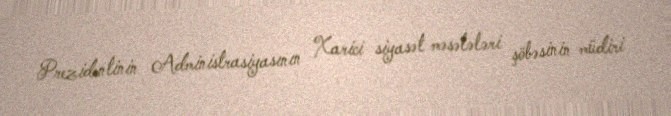
Prezidentinin Administrasiyasının Xarici siyasət məsələləri şöbəsinin müdiri